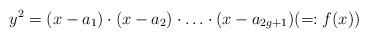
LaTeX: \begin{align*}y^{2}=(x-a_{1})\cdot(x-a_{2})\cdot\ldots\cdot(x-a_{2g+1})(=:f(x))\end{align*}